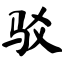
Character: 驳